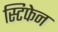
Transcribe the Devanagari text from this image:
स्टिफेन